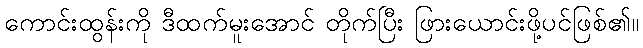
ကောင်းထွန်းကို ဒီထက်မူးအောင် တိုက်ပြီး ဖြားယောင်းဖို့ပင်ဖြစ်၏။